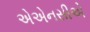
એએનસીએ